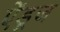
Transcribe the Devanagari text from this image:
ऐंडूज